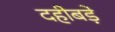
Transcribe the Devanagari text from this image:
दहीबड़े